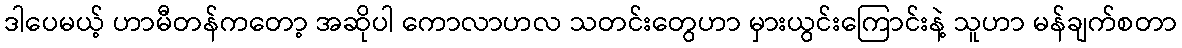
ဒါပေမယ့် ဟာမီတန်ကတော့ အဆိုပါ ကောလာဟလ သတင်းတွေဟာ မှားယွင်းကြောင်းနဲ့ သူဟာ မန်ချက်စတာ